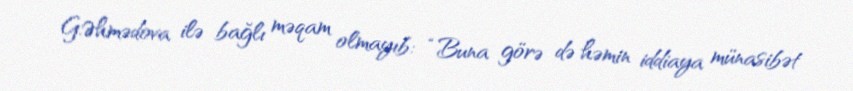
G.Əhmədova ilə bağlı məqam olmayıb: “Buna görə də həmin iddiaya münasibət